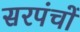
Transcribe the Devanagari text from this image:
सरपंचों